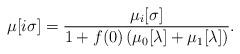
LaTeX: \begin{align*}\mu[i\sigma] = \frac{\mu_i[\sigma]}{1+f(0)\left(\mu_0[\lambda]+\mu_1[\lambda]\right)}.\end{align*}